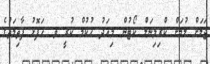
ޖަލަށް ލުމަށް ކްރިމިނަލް ކޯޓުން މިއަދު ހުކުމް ކުރީ ވ. ހަފޮޅު ފާތިމަތުގެ